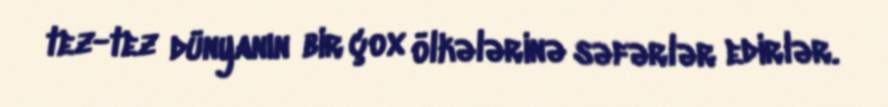
tez-tez dünyanın bir çox ölkələrinə səfərlər edirlər.